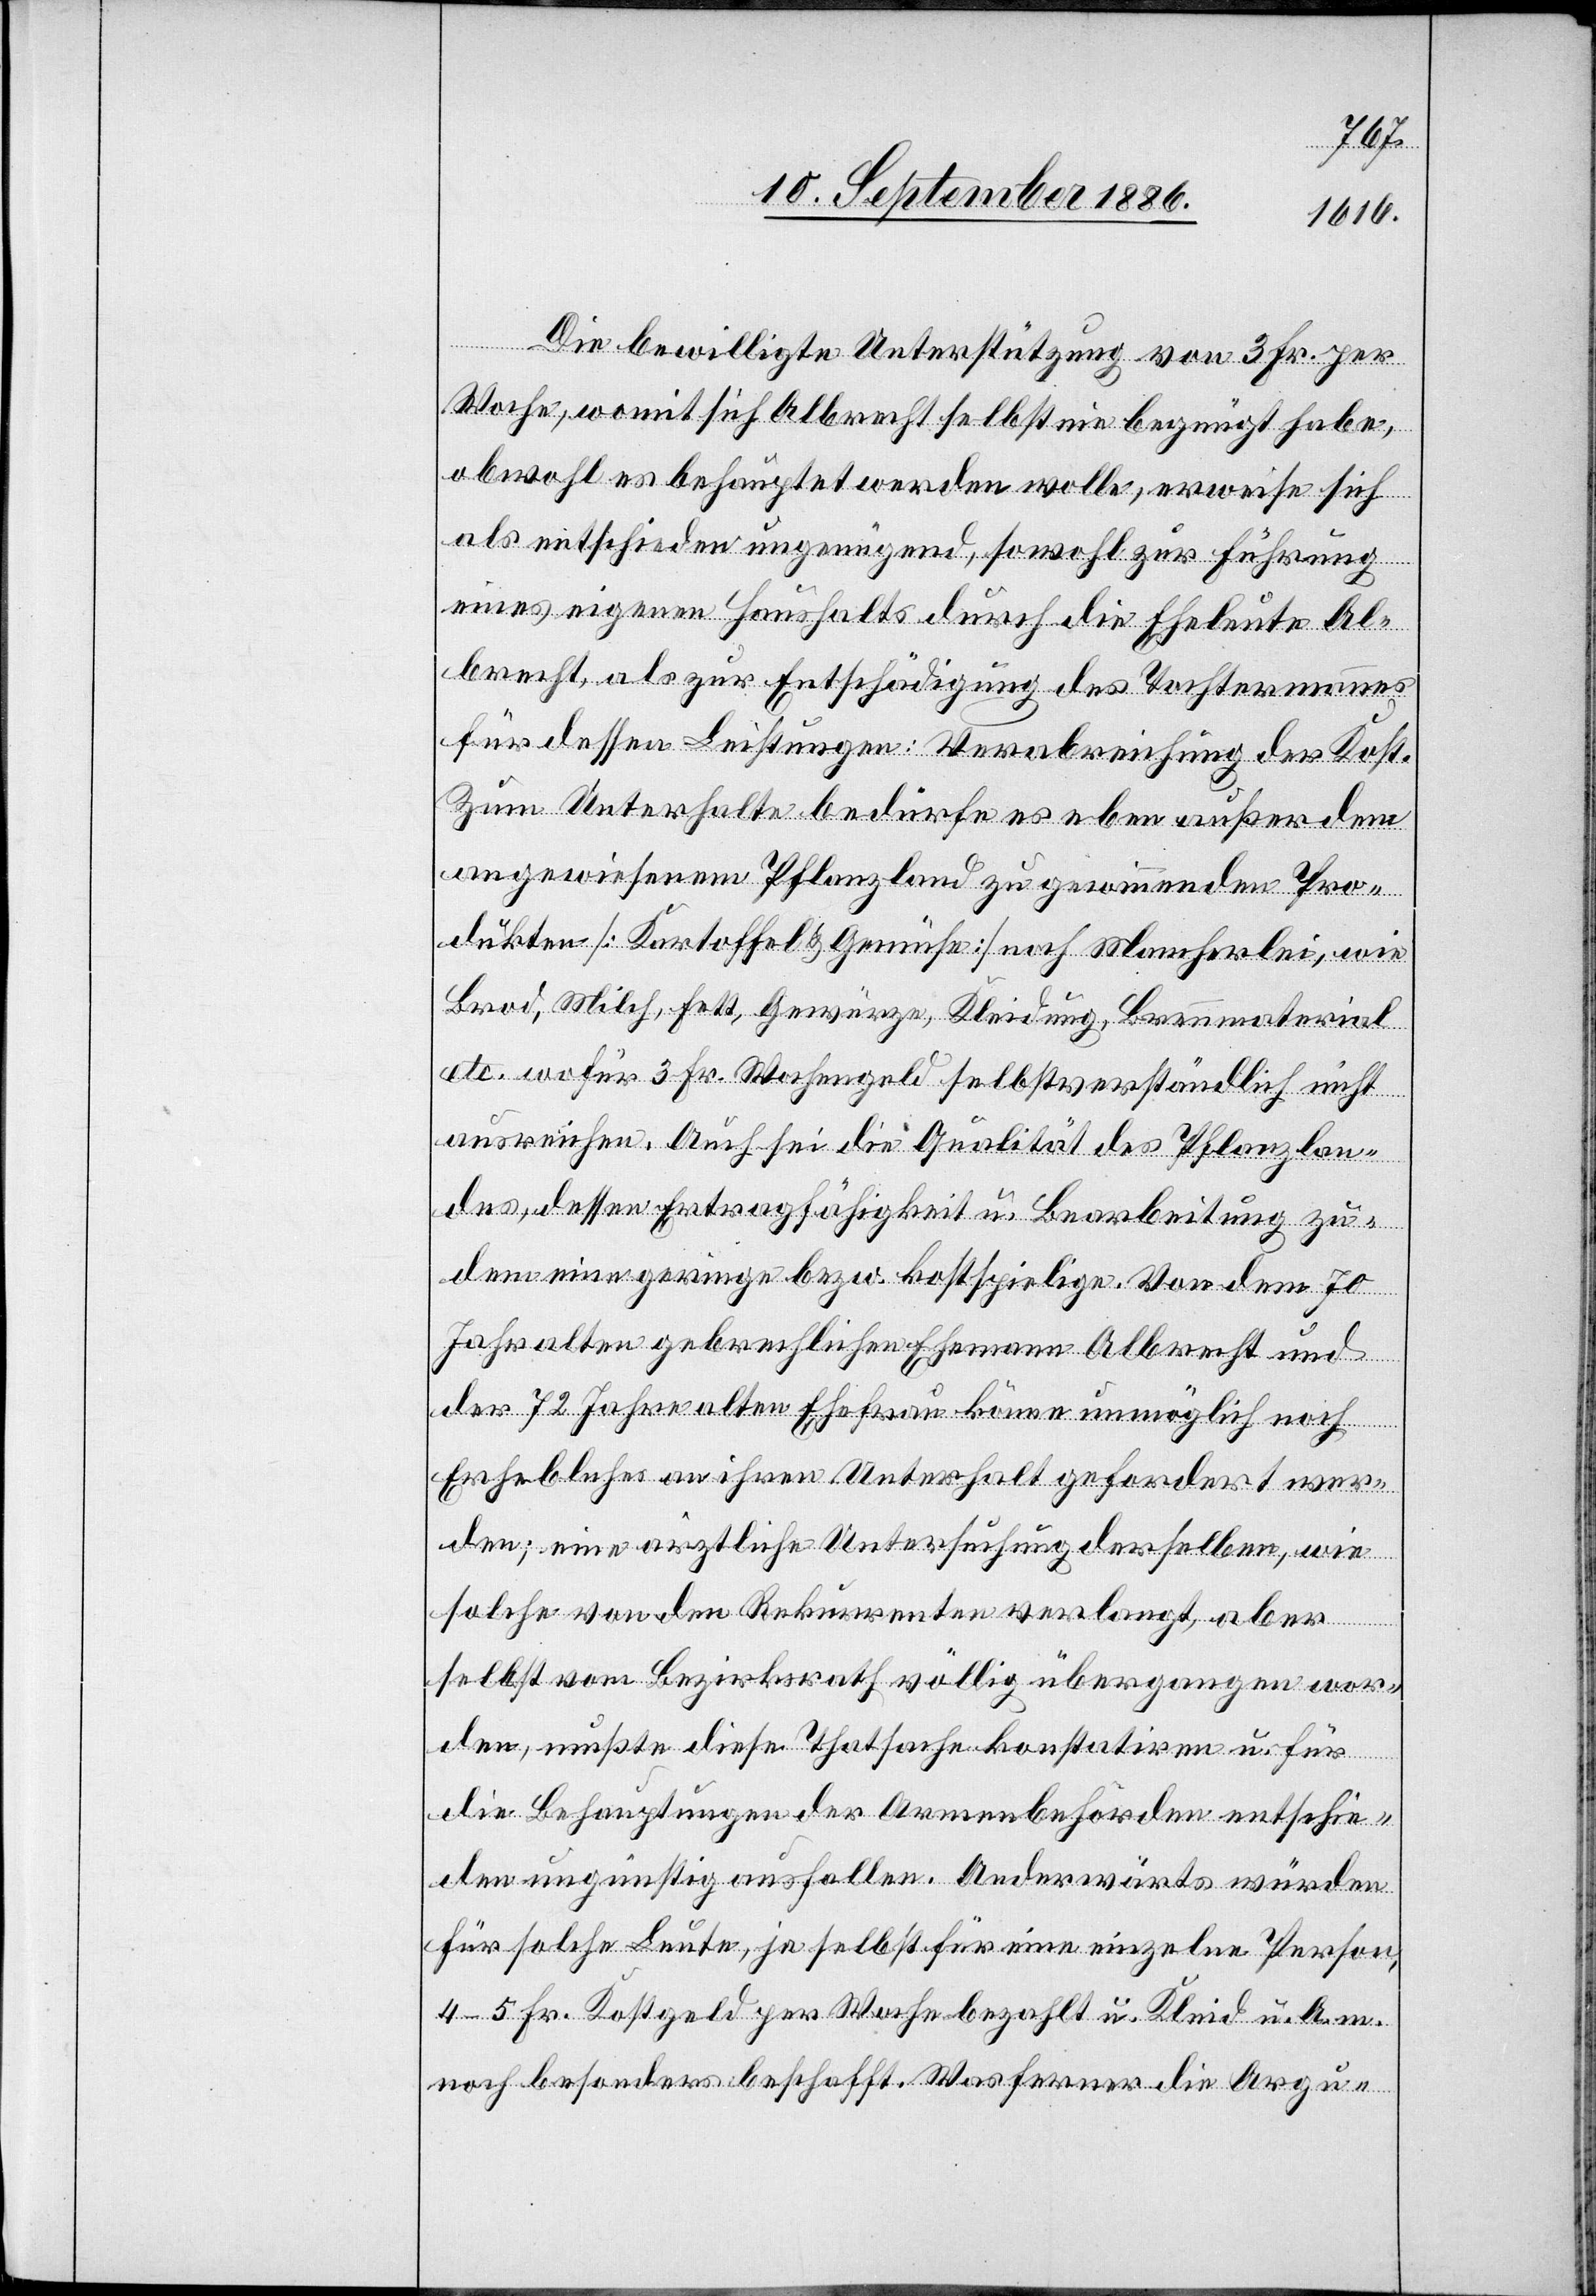
Die bewilligte Unterstützung von 3 Fr. per
Woche, womit sich Albrecht selbst nie begnügt habe,
obwohl es behauptet werden wolle, erweise sich
als entschieden ungenügend, sowohl zur Führung
eines eigenen Haushalts durch die Eheleute Al¬
brecht, als zur Entschädigung des Tochtermannes
für dessen Leistungen: Verabreichung der Kost.
Zum Unterhalte bedürfe es eben außer [den
angewiesenem [sic!] Pflanzland zu gewinnenden Pro¬
dukten [Kartoffel & Gemüse] noch Mancherlei, wie
Brod, Milch, Fett, Gewürze, Kleidung, Brennmaterial
etc. wofür 3 Fr. Wochengeld selbstverständlich nicht
ausreichen. Auch sei die Qualität des Pflanzlan¬
des, dessen Ertragfähigkeit u. Bearbeitung zu¬
dem eine geringe bezw. kostspielige. Von dem 70
Jahre alten gebrechlichen Ehemann Albrecht und
der 72 Jahre alten Ehefrau könne unmöglich noch
Erhebliches an ihren Unterhalt gefordert wer¬
den; eine ärztliche Untersuchung derselben, wie
solche von den Rekurrenten verlangt, aber
selbst vom Bezirksrath völlig übergangen wor¬
den, mußte diese Thatsache konstatiren u. für
die Behauptungen der Armenbehörden entschie¬
den ungünstig ausfallen. Anderwärts würden
für solche Leute, ja selbst für eine einzelne Person,
4–5 Fr. Kostgeld per Woche bezahlt u. Kleid u. A. m.
noch besonders beschafft. Was ferner die Argu-